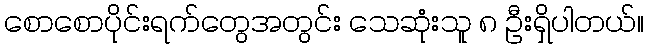
စောစောပိုင်းရက်တွေအတွင်း သေဆုံးသူ ၈ ဦးရှိပါတယ်။